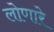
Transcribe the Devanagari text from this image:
लोणारे